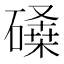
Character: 𰧨